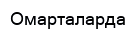
Омарталарда